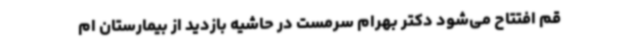
قم افتتاح می‌شود دکتر بهرام سرمست در حاشیه بازدید از بیمارستان ام